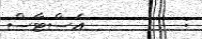
:         އެސްޓާސް